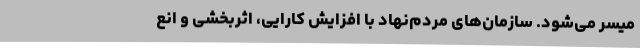
میسر می‌شود. سازمان‌های مردم‌نهاد با افزایش کارایی، اثربخشی و انع